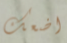
اضعك